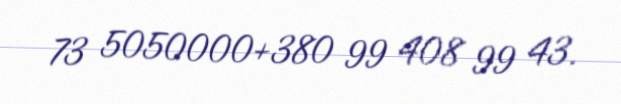
73 5050000+380 99 408 99 43.